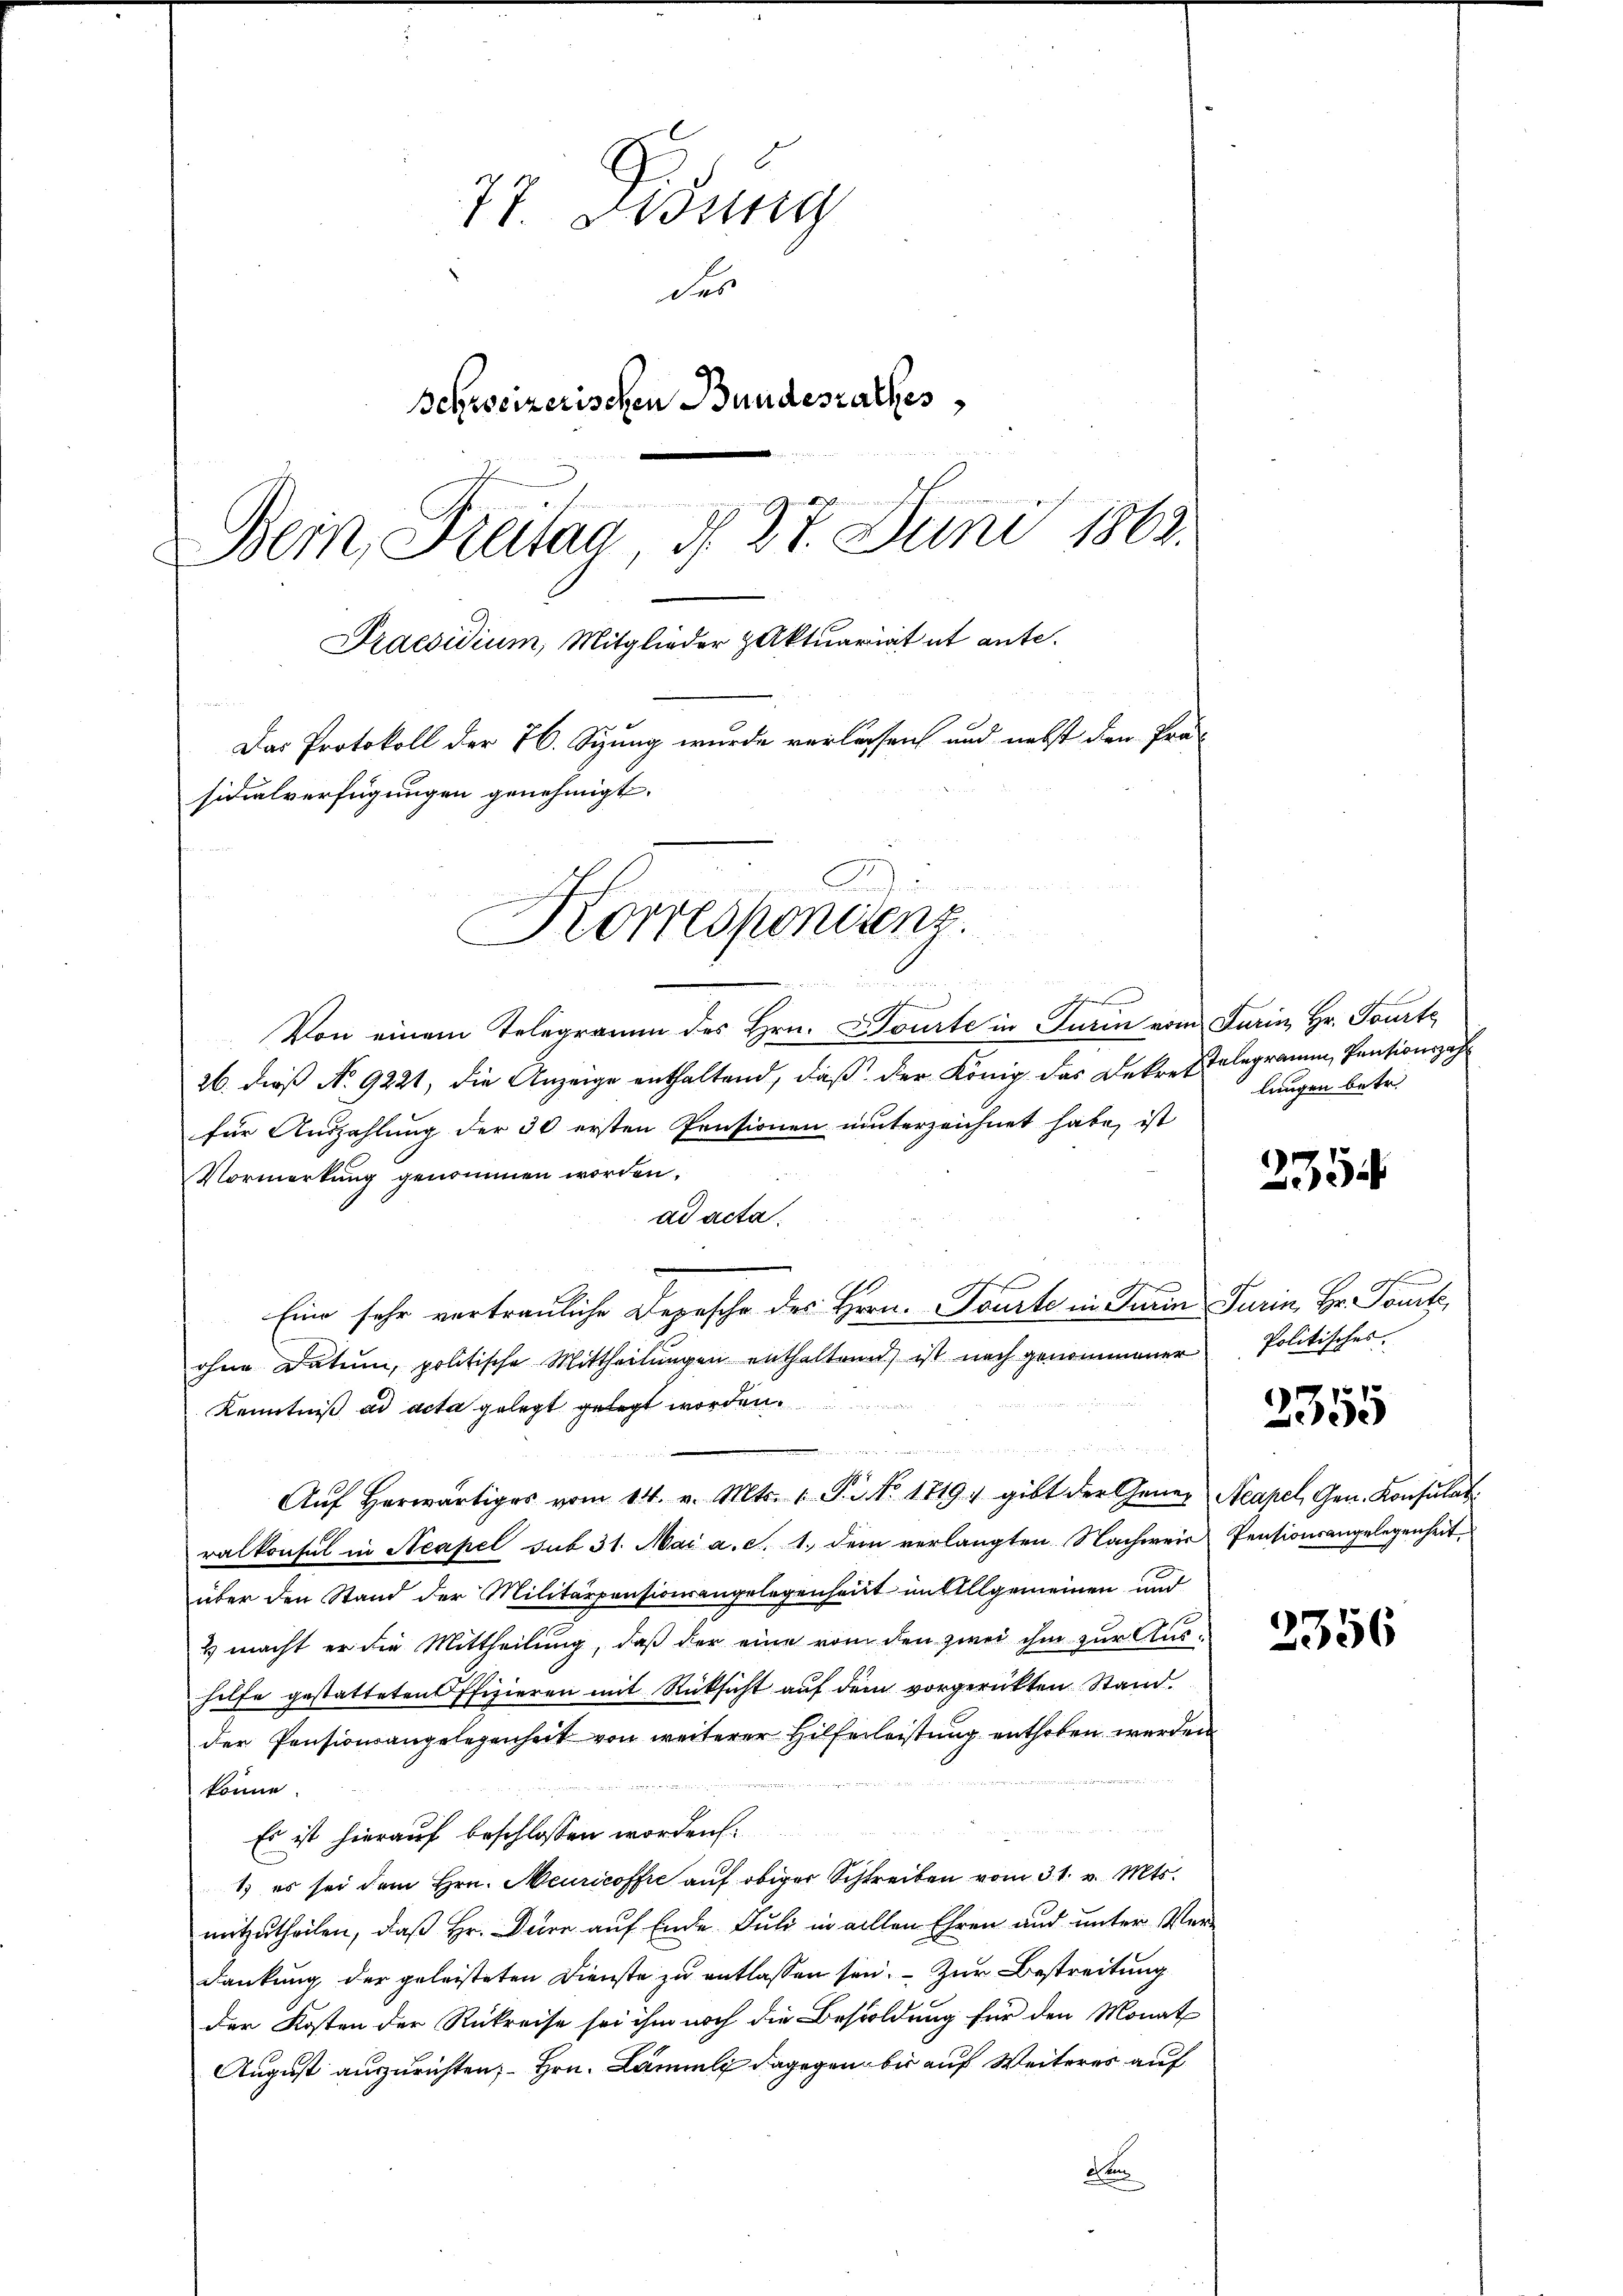
77. Didung
des
Schreizerischen Bundesrathes
Bein Freitag, d. 27. Juni 1862.
Praesidium, Mitglieder Aktuariat et ante.
Das Protokoll der 76. Sizung wurde verlassen und nebst den Prä-
sidialverfügungen genehmigt.
Korrespondienz.

x
sch
6
Von einem Telegramm des Hrn. Courte in Turin vom Turin, Hr. Tourte
26. dieß No 9221, die Anzeige enthaltend, daß der König das Dekret telegramm, Pensionszahfür Auszahlung der 30 ersten Pensionen unterzeichnet habe, ist
Vormerkung genommen worden.
ad acta.
Eine sehr vertrauliche Depesche des Hern. Tourte in Train Turin, Hr. Pourti,
ohne Datum, politische Mittheilungen enthaltend ist nach genommener
Kenntniß ad acta gelegt gelegt worden
 die in der
1: E
Aŭf herwärtiges vom 14. v. Mts. 1. J. No. 1719 gibt der Gener Acapel, Gen. Konsulat
ralkonsul in Neapel sub 31. Mai a. c. 1. dem verlangten Nachweis Pensionsangelegenheit,
über den Stand der Militärpensionsangelegenheitt im Allgemeinen und
& macht er die Mittheilung, daß der eine von den zwei ihm zur Aushilfe gestatteten Offizieren mit Rücksicht aŭf dem vorgerückten Stand.
der Pensionsangelegenheit von weiterer Hilferleistung enthoben werden
könne.
Es ist hierauf beschlossen worden.
1) es sei dem Hrn. Meuricoffe auf obiger Schreiben vom 31. v. Mts.
mitzutheilen, daß Hr. Dürr auf Ende Juli in allen Ehren und unter Ver¬
Dankung der geleisteten Dienste zu entlassen sein. - Zur Bestreitung
der Kosten der Rükreise sei ihm noch die Besoldung für den Monat
August auszurichten, Hrn. Lämmli dagegen bis auf Weiteres auf
dem

lungen betr.

2354

Politisches.

2355

2356